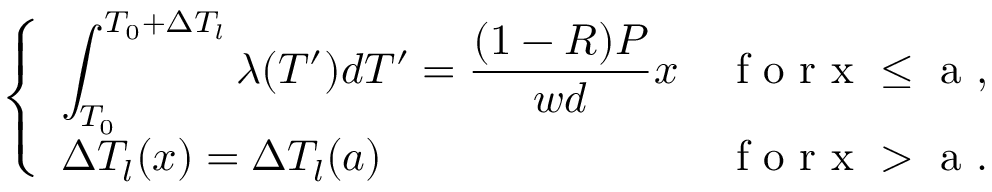
\left\{ \begin{array} { l l } { \displaystyle { \int _ { T _ { 0 } } ^ { T _ { 0 } + \Delta T _ { l } } \lambda ( T ^ { \prime } ) d T ^ { \prime } = \frac { ( 1 - R ) P } { w d } x } } & { \mathrm { ~ f ~ o ~ r ~ x ~ \leq ~ a ~ , ~ } } \\ { \Delta T _ { l } ( x ) = \Delta T _ { l } ( a ) } & { \mathrm { ~ f ~ o ~ r ~ x ~ > ~ a ~ . ~ } } \end{array} \right.